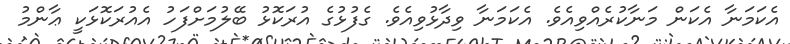
އެކަމަނާ އެކަން މަނާކުރެއްވިއެވެ. އެކަމަނާ ވިދާޅުވިއެވެ. ގެފުޅުގެ އުރަކޮޅު ބޭލުމަށްފަހު އެއުރަކޮޅަކީ ޢާންމު